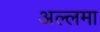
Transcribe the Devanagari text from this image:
अल्‍लमा